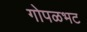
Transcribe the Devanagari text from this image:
गोपळभट